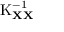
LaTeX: \operatorname { K } _ { \mathbf { X } \mathbf { X } } ^ { - 1 }